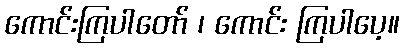
ကောင်းကြပါတော် ၊ ကောင်း ကြပါပေ့။